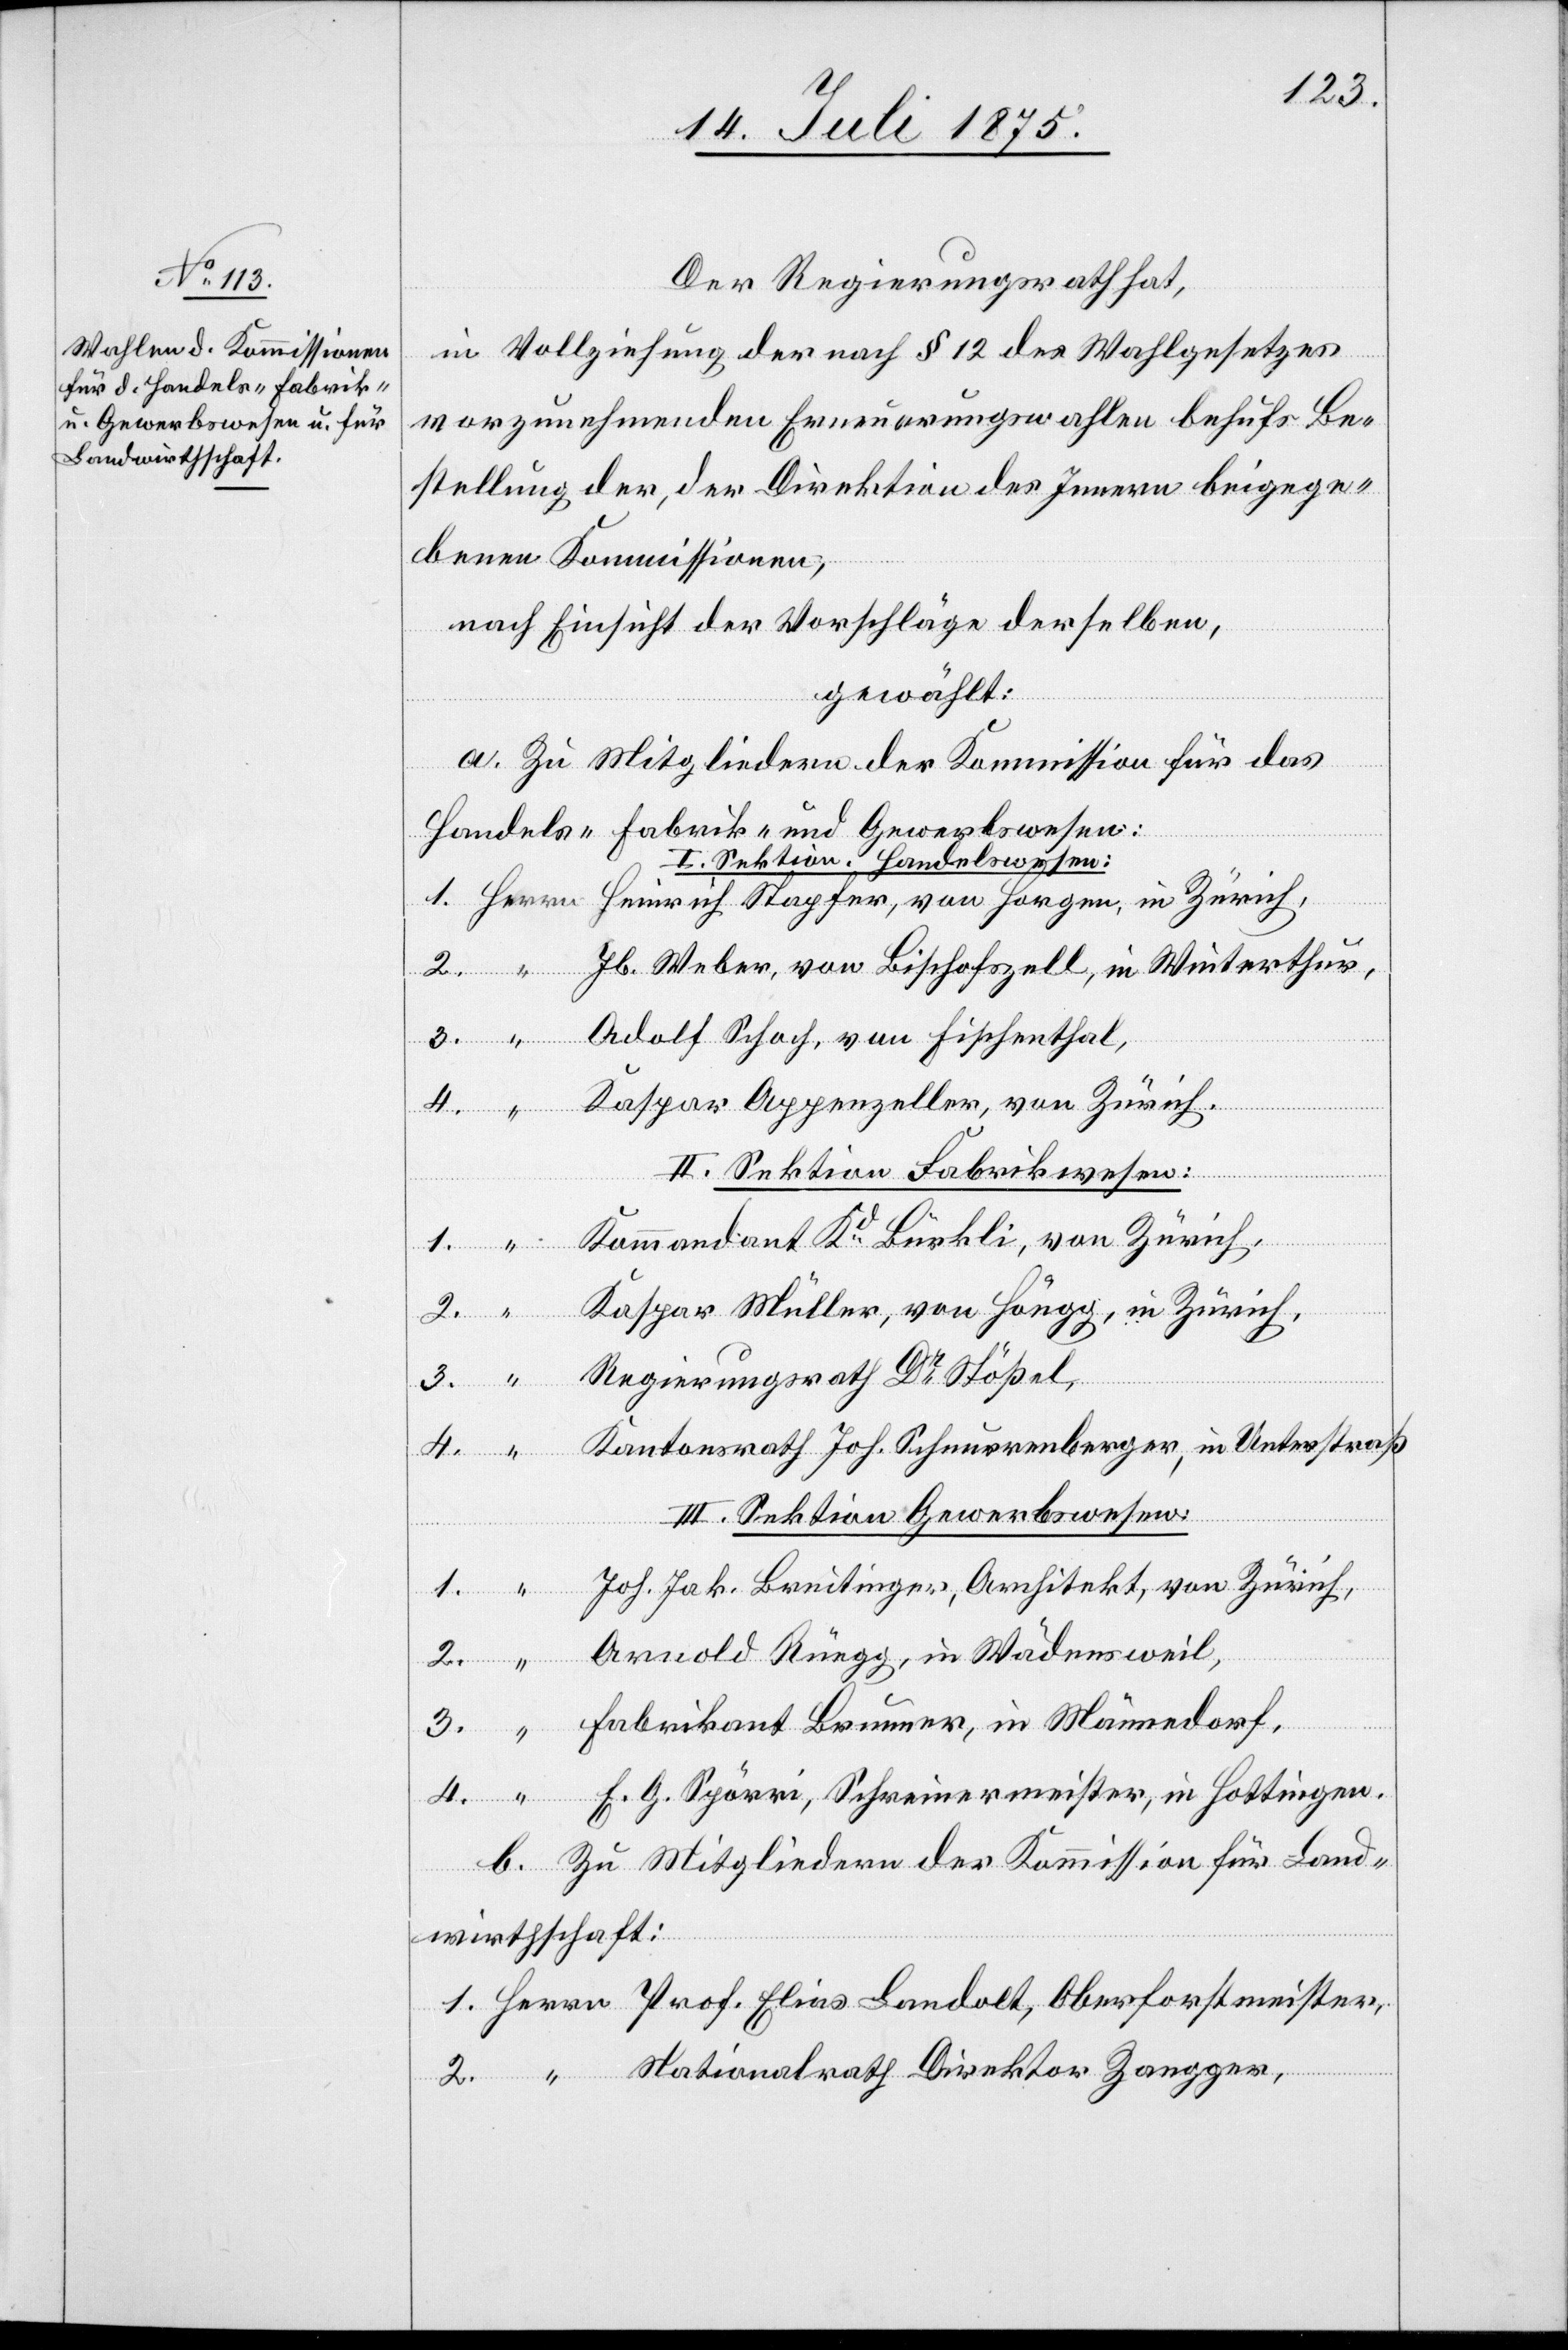
2.
Der Regierungsrath hat,
in Vollziehung der nach § 12 des Wahlgesetzes
vorzunehmenden Erneuerungswahlen behufs Be¬
stellung der, der Direktion des Innern beigege¬
benen Kommissionen,
nach Einsicht der Vorschläge derselben,
gewählt:
a. Zu Mitgliedern der Kommission für das
Handels- Fabrik- und Grundwesen:
I. Sektion Handelswesen:
Jb. Weber, von Bischoffszell, in Winterthur,
forstmeister,
Adolf Schoch, von Fischenthal,
Kaspar Appenzeller, von Zürich.
II. Sektion Fabrikwesen:
Ober¬
Kommandant Kd Bürkli, von Zürich,
Kaspar Müller, von Höngg, in Zürich
3.
Regierungsrath Dr Stößel,
Kantonsrath Joh. Schnurrenberger, in Unterstraß.
III. Sektion Gewerbswesen:
Joh. Jak. Breitinger, Architekt, von Zürich.
Arnold Rüegg, in Wädensweil,
Fabrikant Brunner, in Männedorf,
E. G. Spörri, Schreinermeister, in Hottingen.
b. Zu Mitgliedern der Kommission für Land¬
wirthschaft:
Nationalrath Direktor Zangger,